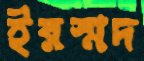
ইরস্মদ